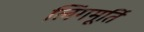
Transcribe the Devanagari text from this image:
लिंगमूर्ति